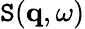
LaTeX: \mathtt{S}(\mathbf{{q}},\omega)